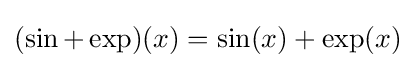
(\sin +\exp )(x)=\sin(x)+\exp(x)